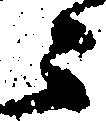
々